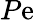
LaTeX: P\mathrm{e}